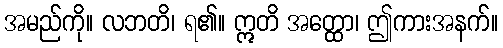
အမည်ကို။ လဘတိ၊ ရ၏။ ဣတိ အတ္ထော၊ ဤကားအနက်။